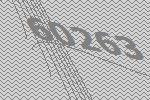
60263